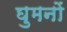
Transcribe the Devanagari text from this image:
घुमनों